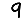
Digit: 9